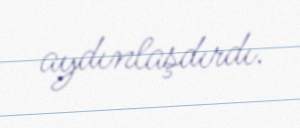
aydınlaşdırdı.